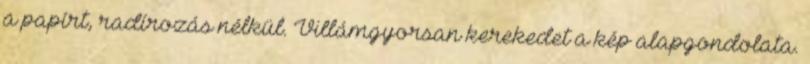
a papírt, radírozás nélkül. Villámgyorsan kerekedet a kép alapgondolata.